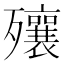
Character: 𣩽